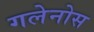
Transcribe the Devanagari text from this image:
गलेनोस